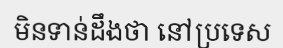
មិនទាន់ដឹងថា នៅប្រទេស